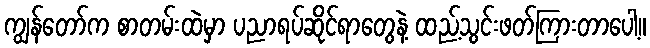
ကျွန်တော်က စာတမ်းထဲမှာ ပညာရပ်ဆိုင်ရာတွေနဲ့ ထည့်သွင်းဖတ်ကြားတာပေါ့။